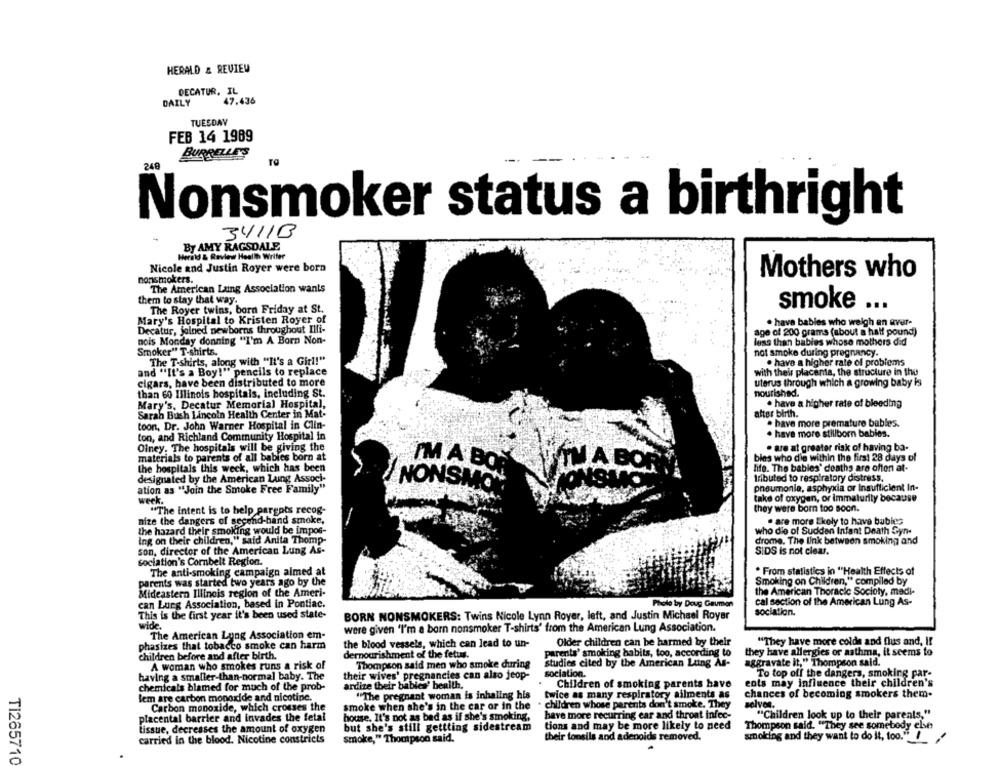
HERALD & REVIEW
DECATUR, IL
DAILY
47.436
TUESDAY
FEB 14 1989
BURRELLE'S
249
Nonsmoker status a birthright
3411B
By AMY RAGSDALE
Herald & Review Health Writer
Nicole and Justin Royer were born
Mothers who
nonsmokers.
The American Laing Association wants
them to stay that way.
smoke
...
The Royer twins, born Friday at St.
Mary's Hospital to Kristen Royer of
. hava babies who weigh an aver-
Decatur, joined newborns throughout Illi-
age of 200 grams (about a half pound)
nois Monday donning "I'm A Born Non-
less than babies whose mothers did
Smoker" T-shirts.
not smoke during pregnancy.
The T-shirts, along with "It's a Girl!"
. have a higher rate of problems
and "It's a Boy!" pencils to replace
with their placenta, the structure in the
cigars, have been distributed to more
uterus through which a growing baby is
than 60 Illinois hospitals, including St.
nourished.
Mary's, Decatur Memorial Hospital,
. have a higher rate of bleeding
Sarah Bush Lincoln Health Center in Mat-
after birth.
toon, Dr. John Warner Hospital in Clin-
· have more premature bables.
ton, and Richland Community Hospital in
. have more stillborn babies.
Olney. The hospitals will be giving the
. are at greater risk of having ba-
materials to parents of all babies born at
bies who die within the first 28 days of
the hospitals this week, which has been
IM A BO
ITM A BO
life. The bables' deaths are often at-
designated by the American Laing Associ-
NONSMIN
tributed to respiratory distress.
ation as "Join the Smoke Free Family"
pneumonia, asphyxia or Insufficient In-
take of oxygen, or immaturity because
week.
"The intent is to help pargots recog-
they were born too soon.
nize the dangers of second-hand smoke,
· are more Ekely to have bubles
the hazard their smoking would be impos-
who die of Sudden Infant Death Syn-
Ing on their children," said Anita Thomp-
drome. The link between smoking and
son, director of the American Lung As-
SIDS is not clear.
sociation's Cornbelt Region.
The anti-smoking campaign aimed at
. From statistics in "Health Effects of
parents was started two years ago by the
Smoking on Children," compiled by
Mideastern Illinois region of the Ameri-
the American Thoracic Socioty, medi-
can Lung Association, based in Pontiac.
Photo by Doug Gaumen
cal section of the American Lung As-
This is the first year it's been used state-
sociation.
BORN NONSMOKERS: Twins Nicole Lynn Royer, left, and Justin Michael Royer
wide.
were given "I'm a born nonsmoker T-shirts' from the American Lung Association.
The American Lung Association em-
the blood vessels, which can lead to un-
Older children can be harmed by their
"They have more colds and flus and, If
phasizes that tobacco smoke can harm
they have allergies or asthma, it seems to
Children before and after birth.
dernourishment of the fetus.
parents' smoking habits, too, according to
A woman who smokes runs a risk of
Thompson said men who smoke during
studies cited by the American Lung As-
aggravate it," Thompson sald.
sociation.
To top off the dangers, smoking par-
having a smaller-than-normal baby. The
their wives' pregnancies can also jeop-
ents may influence their children's
chemicals blamed for much of the prob-
ardize their babies' benith.
Children of smoking parents have
lem are carbon monoxide and nicotine.
"The pregnant woman is inhaling his
twice as many respiratory ailments as
chances of becoming smokers them-
smoke when she's in the car or in the
children whose parents don't smoke. They
selven.
Carbon monoxide, which crosses the
placental barrier and invades the fetal
house. It's not as bad as if she's smoking,
have more recurring car and throat infec-
"Children look up to their parents,"
but she's still gettting sidestream
tions and may be more likely to need
Thompson said. "They see somebody else
tissue, decreases the amount of oxygen
smoking and they want to do it, too." /
carried in the blood. Nicotine constricts
smoke," Thompson said.
their tonsils and adenoids removed.
TI265710